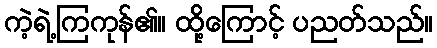
ကဲ့ရဲ့ကြကုန်၏။ ထို့ကြောင့် ပညတ်သည်။